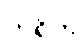
ဘရိတ်